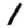
Digit: 1